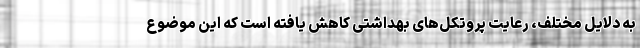
به دلایل مختلف، رعایت پروتکل‌های بهداشتی کاهش یافته است که این موضوع